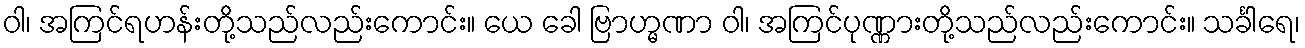
ဝါ၊ အကြင်ရဟန်းတို့သည်လည်းကောင်း။ ယေ ခေါ ဗြာဟ္မဏာ ဝါ၊ အကြင်ပုဏ္ဏားတို့သည်လည်းကောင်း။ သင်္ခါရေ၊